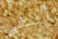
أبلي